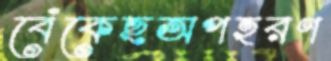
বেঁকেছঅপহরণ